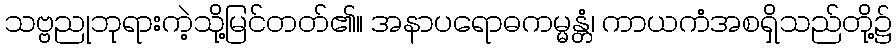
သဗ္ဗညုဘုရားကဲ့သို့မြင်တတ်၏။ အနာပရောဓကမ္မန္တံ၊ ကာယကံအစရှိသည်တို့၌